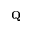
\mathbf { Q }